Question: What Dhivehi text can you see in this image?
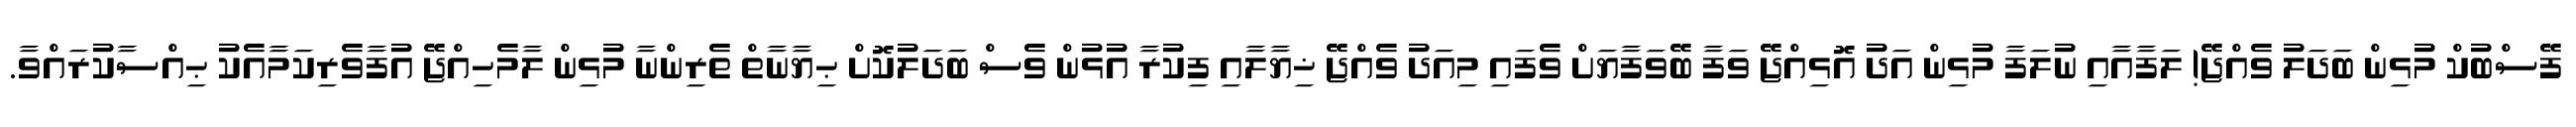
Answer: ފޭސްބުކް މުޅިން ބަދަލު ވެއްޖޭ! ލަފާއާއި ނުލަފާ މުޅިން އަދު އޮޅިއްޖޭ ވަފާ ބޭވަފާޔަށް ވެފައި މިއަދު ވެއްޖޭ ޚިޔާލާއި ފިކުރާ އުޅުން ވެސް ބަދަލުކޮށް ޙިޔާނާތް ތެރިންނާ މުޅިން ލާމެހިއްޖޭ އުފާވެރިކަމާއެކު ޙިއްސާކުރައްވާ.